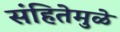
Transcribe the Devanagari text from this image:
संहितेमुळे